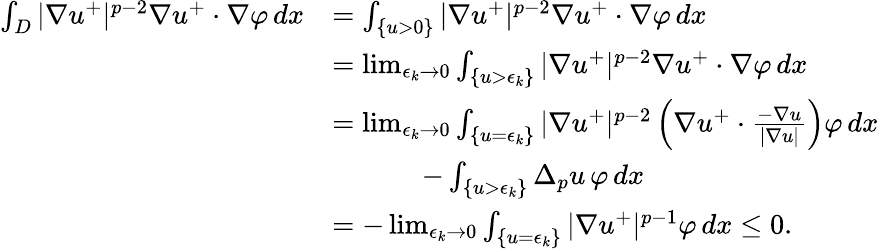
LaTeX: \begin{array}{rl}{\int_{D}|\nabla u^{+}|^{p-2}\nabla u^{+}\cdot\nabla\varphi\, dx}&{=\int_{\{ u>0\} }|\nabla u^{+}|^{p-2}\nabla u^{+}\cdot\nabla\varphi\, dx}\\ &{=\operatorname*{lim}_{\epsilon_{k}\to 0}\int_{\{ u>\epsilon_{k}\} }|\nabla u^{+}|^{p-2}\nabla u^{+}\cdot\nabla\varphi\, dx}\\ &{=\operatorname*{lim}_{\epsilon_{k}\to 0}\int_{\{ u=\epsilon_{k}\} }|\nabla u^{+}|^{p-2}\left(\nabla u^{+}\cdot\frac{-\nabla u}{|\nabla u|}\right)\varphi\, dx}\\ &{\qquad\quad\, -\int_{\{ u>\epsilon_{k}\} }\Delta_{p}u\, \varphi\, dx}\\ &{=-\operatorname*{lim}_{\epsilon_{k}\to 0}\int_{\{ u=\epsilon_{k}\} }|\nabla u^{+}|^{p-1}\varphi\, dx\leq 0.}\end{array}